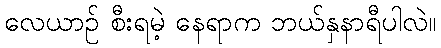
လေယာဉ် စီးရမဲ့ နေရာက ဘယ်နှနာရီပါလဲ။